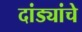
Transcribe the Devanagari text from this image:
दांड्यांचे